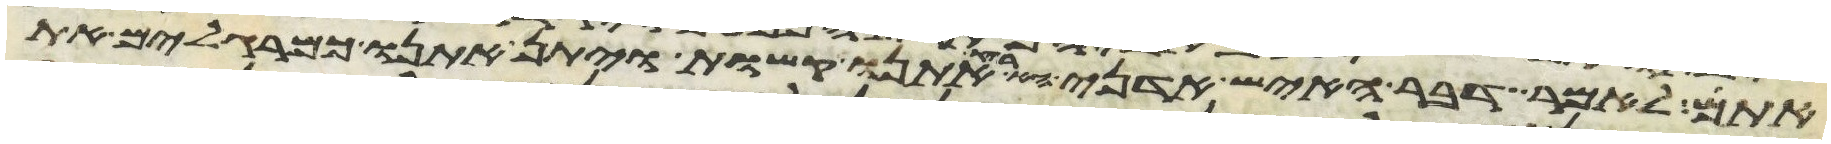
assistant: אתם לאמר דבר האיש אדני הארץ אתנו קשות ויתן אתנו כמרגלים את